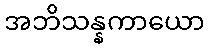
အဘိသန္နကာယော